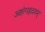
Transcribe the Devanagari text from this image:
अष्टांगह्रदयम्